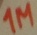
Text: 1M